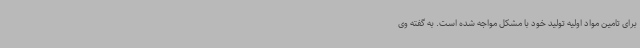
برای تامین مواد اولیه تولید خود با مشکل مواجه شده است. به گفته وی